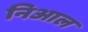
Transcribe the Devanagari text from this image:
निआल